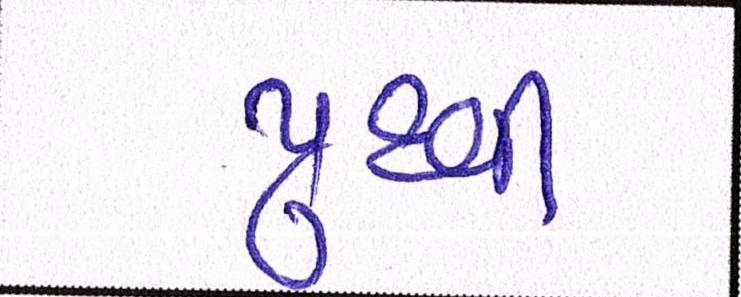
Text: પુથ્વી